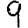
Digit: 9